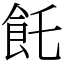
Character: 飥